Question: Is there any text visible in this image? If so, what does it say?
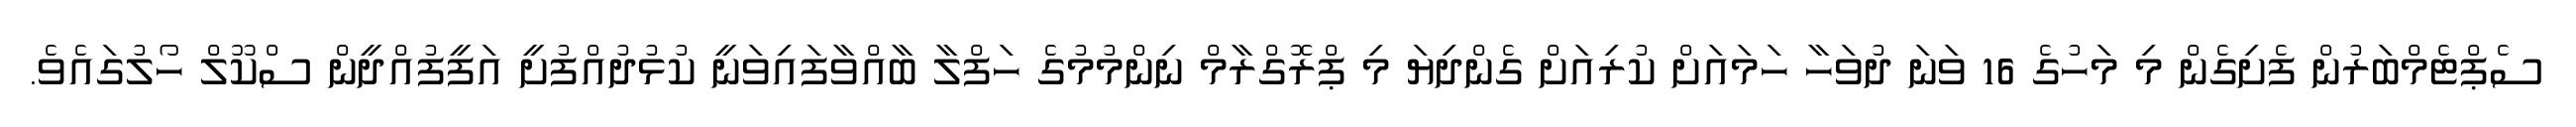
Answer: ސެޕްޓެމްބަރުން ފެށިގެން މި މަހުގެ 16 ވަނަ ދުވަހާ ހަމައަށް ކުރިއަށް ގެންދިޔަ މި ޕްރޮގްރާމް ނިންމުމުގެ ހަފްލާ ބާއްވާފައިވަނީ ކުޅުދުއްފުށީ އަފީފުއްދީން ސްކޫލް ހޯލުގައެވެ.